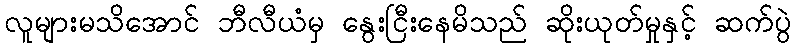
လူများမသိအောင် ဘီလီယံမှ နွေးငြီးနေမိသည် ဆိုးယုတ်မှုနှင့် ဆက်ပွဲ